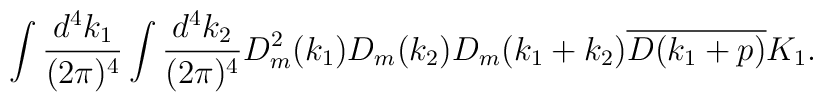
\begin{array}{c}\displaystyle \int\frac{d^4k_1}{(2\pi)^4}\int\frac{d^4k_2}{(2\pi)^4}D_m^2(k_1)D_m(k_2)D_m(k_1+k_2)\overline{D(k_1+p)}K_1.\end{array}